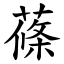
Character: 蓧